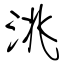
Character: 洮